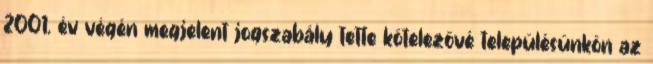
2001. év végén megjelent jogszabály tette kötelezővé településünkön az